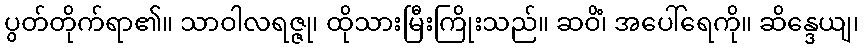
ပွတ်တိုက်ရာ၏။ သာဝါလရဇ္ဇု၊ ထိုသားမြီးကြိုးသည်။ ဆဝိံ၊ အပေါ်ရေကို။ ဆိန္ဒေယျ၊